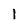
Character: 1